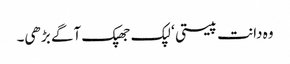
وہ دانت پیستی ‘ لپک جھپک آگے بڑھی۔